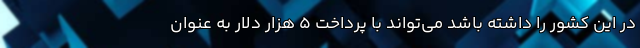
در این کشور را داشته باشد می‌تواند با پرداخت 5 هزار دلار به عنوان